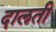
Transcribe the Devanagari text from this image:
दालती